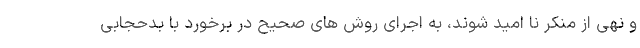
و نهی از منکر نا امید شوند، به اجرای روش های صحیح در برخورد با بدحجابی